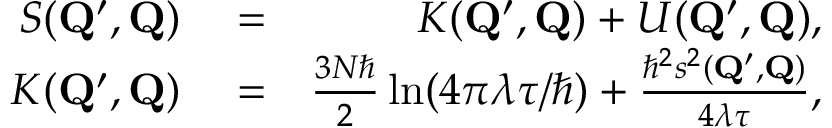
\begin{array} { r l r } { S ( \mathbf { Q } ^ { \prime } , \mathbf { Q } ) } & { { } = } & { K ( \mathbf { Q } ^ { \prime } , \mathbf { Q } ) + U ( \mathbf { Q } ^ { \prime } , \mathbf { Q } ) , } \\ { K ( \mathbf { Q } ^ { \prime } , \mathbf { Q } ) } & { { } = } & { \frac { 3 N \hbar } { 2 } \ln ( 4 \pi \lambda \tau / \hbar ) + \frac { \hbar ^ { 2 } s ^ { 2 } ( \mathbf { Q } ^ { \prime } , \mathbf { Q } ) } { 4 \lambda \tau } , } \end{array}